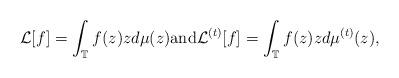
LaTeX: \begin{align*} \mathcal{L}[f] = \int_{\mathbb{T}} f(z) zd \mu(z) \mbox{and} \mathcal{L}^{(t)}[f] = \int_{\mathbb{T}} f(z) zd\mu^{(t)}(z),\end{align*}